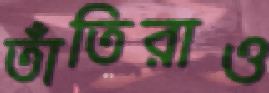
তাঁতিরাও